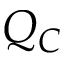
Q _ { C }